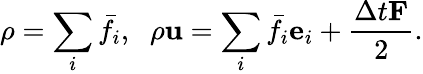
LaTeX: \rho=\sum_{i}{{{\bar{f}}_{i}},}~~~\mathrm{{}}\rho{\mathbf{u}}=\sum_{i}{{{\bar{f}}_{i}}}{{\mathbf{e}}_{i}}+\frac{{\Delta t{\mathbf{F}}}}{2}.